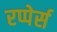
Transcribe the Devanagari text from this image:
रप्पेर्स